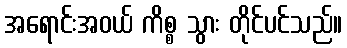
အရောင်းအဝယ် ကိစ္စ သွား တိုင်ပင်သည်။